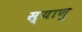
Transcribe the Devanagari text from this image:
स्याणु